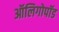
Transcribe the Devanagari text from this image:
ऑलिगोपॉड